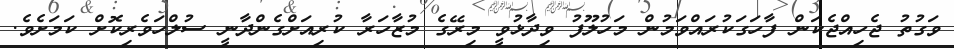
ވަގުތު ޖެހިއްޖެކަން ފާހަގަކުރައްވަމުން މަހުލޫފު ވިދާޅުވީ މިރޭގެ މުޒާހަރާ ކުރިއަށްގެންދާނީ ސުލްހަވެރިކޮށް ކަމަށެވެ.